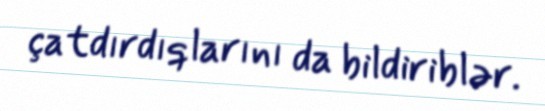
çatdırdıqlarını da bildiriblər.